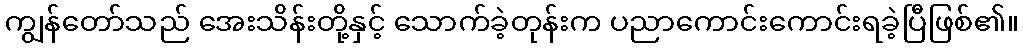
ကျွန်တော်သည် အေးသိန်းတို့နှင့် သောက်ခဲ့တုန်းက ပညာကောင်းကောင်းရခဲ့ပြီဖြစ်၏။